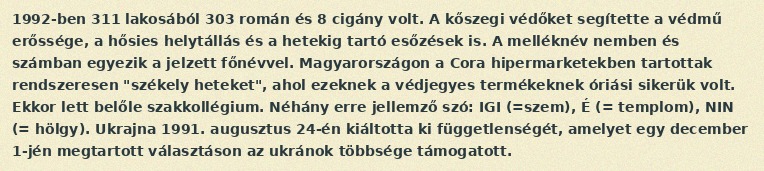
1992-ben 311 lakosából 303 román és 8 cigány volt. A kőszegi védőket segítette a védmű erőssége, a hősies helytállás és a hetekig tartó esőzések is. A melléknév nemben és számban egyezik a jelzett főnévvel. Magyarországon a Cora hipermarketekben tartottak rendszeresen "székely heteket", ahol ezeknek a védjegyes termékeknek óriási sikerük volt. Ekkor lett belőle szakkollégium. Néhány erre jellemző szó: IGI (=szem), É (= templom), NIN (= hölgy). Ukrajna 1991. augusztus 24-én kiáltotta ki függetlenségét, amelyet egy december 1-jén megtartott választáson az ukránok többsége támogatott.